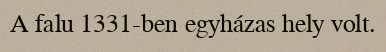
A falu 1331-ben egyházas hely volt.